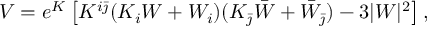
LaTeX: V = e ^ { K } \left[ K ^ { i \bar { \jmath } } ( K _ { i } W + W _ { i } ) ( K _ { \bar { \jmath } } \bar { W } + \bar { W } _ { \bar { \jmath } } ) - 3 | W | ^ { 2 } \right] ,